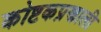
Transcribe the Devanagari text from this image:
कोष्टकप्रणाली